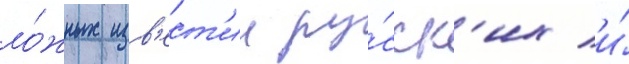
ло́жных изв'ест'ии ру́сск'их и́